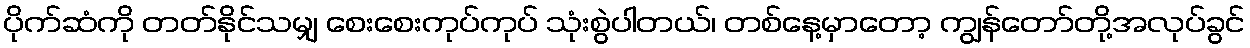
ပိုက်ဆံကို တတ်နိုင်သမျှ စေးစေးကုပ်ကုပ် သုံးစွဲပါတယ်၊ တစ်နေ့မှာတော့ ကျွန်တော်တို့အလုပ်ခွင်